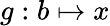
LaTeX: g:b\mapsto x